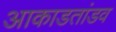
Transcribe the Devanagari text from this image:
आकाडतांडव